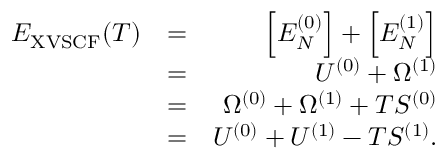
\begin{array} { r l r } { E _ { \mathrm { X V S C F } } ( T ) } & { = } & { \Big [ E _ { N } ^ { ( 0 ) } \Big ] + \Big [ E _ { N } ^ { ( 1 ) } \Big ] } \\ & { = } & { U ^ { ( 0 ) } + \Omega ^ { ( 1 ) } } \\ & { = } & { \Omega ^ { ( 0 ) } + \Omega ^ { ( 1 ) } + T S ^ { ( 0 ) } } \\ & { = } & { U ^ { ( 0 ) } + U ^ { ( 1 ) } - T S ^ { ( 1 ) } . } \end{array}